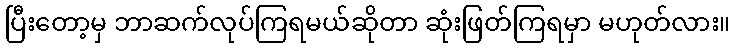
ပြီးတော့မှ ဘာဆက်လုပ်ကြရမယ်ဆိုတာ ဆုံးဖြတ်ကြရမှာ မဟုတ်လား။